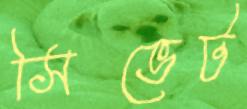
সিভেট